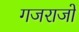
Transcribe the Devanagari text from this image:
गजराजों